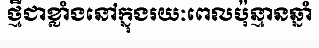
ថ្មីជាខ្លាំងនៅក្នុងរយៈពេលប៉ុន្មានឆ្នាំ